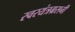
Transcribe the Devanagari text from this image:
स्वरयंत्रग्रसनी